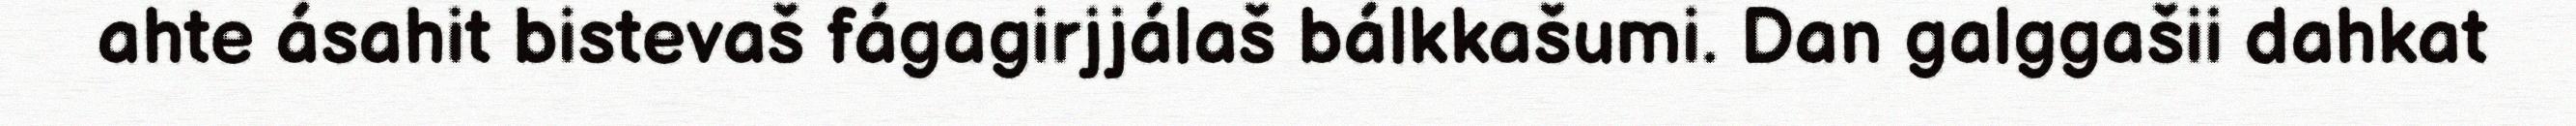
ahte ásahit bistevaš fágagirjjálaš bálkkašumi. Dan galggašii dahkat